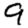
Digit: 9